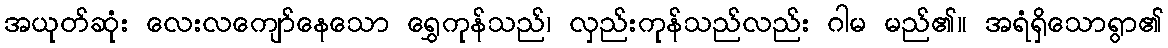
အယုတ်ဆုံး လေးလကျော်နေသော ရွှေကုန်သည်၊ လှည်းကုန်သည်လည်း ဂါမ မည်၏။ အရံရှိသောရွာ၏